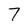
Character: 7